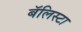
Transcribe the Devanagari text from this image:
बॅलिस्टा